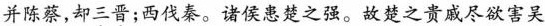
并陈蔡，却三晋；西伐秦。诸侯患楚之强。故楚之贵戚尽欲害吴